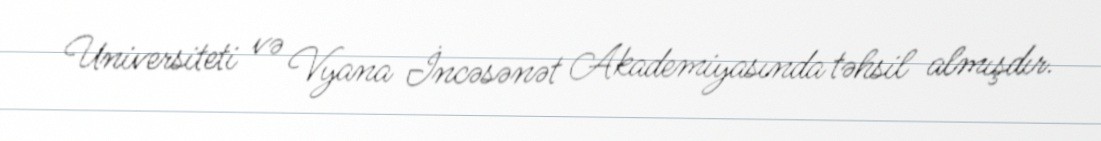
Universiteti və Vyana İncəsənət Akademiyasında təhsil almışdır.